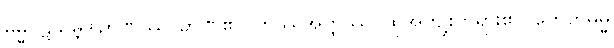
ဓမ္မပဋိသမ္ဘိဒါဉာဏဿ၊ ဉာဏ်၏။ တဿအတ္ထဿ၊ ထိုအကျိုးတရား၏။ ဟေတုဓမ္မ